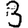
Digit: 3